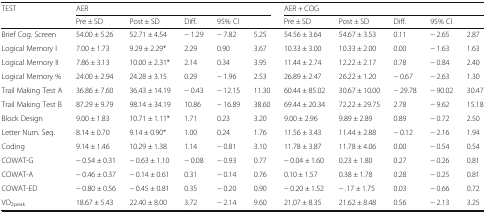
<table><thead><tr><td><b>TEST</b></td><td colspan="5"><b>AER</b></td><td colspan="5"><b>AER + COG</b></td></tr><tr><td></td><td><b>Pre ± SD</b></td><td><b>Post ± SD</b></td><td><b>Diff.</b></td><td colspan="2"><b>95% CI</b></td><td><b>Pre ± SD</b></td><td><b>Post ± SD</b></td><td><b>Diff.</b></td><td colspan="2"><b>95% CI</b></td></tr></thead><tbody><tr><td>Brief Cog. Screen</td><td>54.00 ± 5.26</td><td>52.71 ± 4.54</td><td>− 1.29</td><td>− 7.82</td><td>5.25</td><td>54.56 ± 3.64</td><td>54.67 ± 3.53</td><td>0.11</td><td>− 2.65</td><td>2.87</td></tr><tr><td>Logical Memory I</td><td>7.00 ± 1.73</td><td>9.29 ± 2.29*</td><td>2.29</td><td>0.90</td><td>3.67</td><td>10.33 ± 3.00</td><td>10.33 ± 2.00</td><td>0.00</td><td>− 1.63</td><td>1.63</td></tr><tr><td>Logical Memory II</td><td>7.86 ± 3.13</td><td>10.00 ± 2.31*</td><td>2.14</td><td>0.34</td><td>3.95</td><td>11.44 ± 2.74</td><td>12.22 ± 2.17</td><td>0.78</td><td>− 0.84</td><td>2.40</td></tr><tr><td>Logical Memory %</td><td>24.00 ± 2.94</td><td>24.28 ± 3.15</td><td>0.29</td><td>− 1.96</td><td>2.53</td><td>26.89 ± 2.47</td><td>26.22 ± 1.20</td><td>− 0.67</td><td>− 2.63</td><td>1.30</td></tr><tr><td>Trail Making Test A</td><td>36.86 ± 7.60</td><td>36.43 ± 14.19</td><td>− 0.43</td><td>− 12.15</td><td>11.30</td><td>60.44 ± 85.02</td><td>30.67 ± 10.00</td><td>− 29.78</td><td>− 90.02</td><td>30.47</td></tr><tr><td>Trail Making Test B</td><td>87.29 ± 9.79</td><td>98.14 ± 34.19</td><td>10.86</td><td>− 16.89</td><td>38.60</td><td>69.44 ± 20.34</td><td>72.22 ± 29.75</td><td>2.78</td><td>− 9.62</td><td>15.18</td></tr><tr><td>Block Design</td><td>9.00 ± 1.83</td><td>10.71 ± 1.11*</td><td>1.71</td><td>0.23</td><td>3.20</td><td>9.00 ± 2.96</td><td>9.89 ± 2.89</td><td>0.89</td><td>− 0.72</td><td>2.50</td></tr><tr><td>Letter Num. Seq.</td><td>8.14 ± 0.70</td><td>9.14 ± 0.90*</td><td>1.00</td><td>0.24</td><td>1.76</td><td>11.56 ± 3.43</td><td>11.44 ± 2.88</td><td>− 0.12</td><td>− 2.16</td><td>1.94</td></tr><tr><td>Coding</td><td>9.14 ± 1.46</td><td>10.29 ± 1.38</td><td>1.14</td><td>− 0.81</td><td>3.10</td><td>11.78 ± 3.87</td><td>11.78 ± 4.06</td><td>0.00</td><td>− 0.54</td><td>0.54</td></tr><tr><td>COWAT-G</td><td>− 0.54 ± 0.31</td><td>− 0.63 ± 1.10</td><td>− 0.08</td><td>− 0.93</td><td>0.77</td><td>− 0.04 ± 1.60</td><td>0.23 ± 1.80</td><td>0.27</td><td>− 0.26</td><td>0.81</td></tr><tr><td>COWAT-A</td><td>− 0.46 ± 0.37</td><td>− 0.14 ± 0.61</td><td>0.31</td><td>− 0.14</td><td>0.76</td><td>0.10 ± 1.57</td><td>0.38 ± 1.78</td><td>0.28</td><td>− 0.25</td><td>0.81</td></tr><tr><td>COWAT-ED</td><td>− 0.80 ± 0.56</td><td>− 0.45 ± 0.81</td><td>0.35</td><td>− 0.20</td><td>0.90</td><td>− 0.20 ± 1.52</td><td>− .17 ± 1.75</td><td>0.03</td><td>− 0.66</td><td>0.72</td></tr><tr><td>VO<sub>2peak</sub></td><td>18.67 ± 5.43</td><td>22.40 ± 8.00</td><td>3.72</td><td>− 2.14</td><td>9.60</td><td>21.07 ± 8.35</td><td>21.62 ± 8.48</td><td>0.56</td><td>− 2.13</td><td>3.25</td></tr></tbody></table>